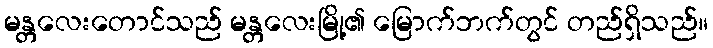
မန္တလေးတောင်သည် မန္တလေးမြို့၏ မြောက်ဘက်တွင် တည်ရှိသည်။